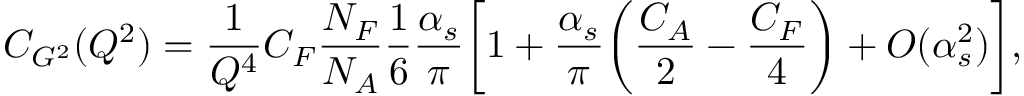
C _ { G ^ { 2 } } ( Q ^ { 2 } ) = \frac { 1 } { Q ^ { 4 } } C _ { F } \frac { N _ { F } } { N _ { A } } \frac { 1 } { 6 } \frac { \alpha _ { s } } { \pi } \biggl [ 1 + \frac { \alpha _ { s } } { \pi } \biggl ( \frac { C _ { A } } { 2 } - \frac { C _ { F } } { 4 } \biggr ) + O ( \alpha _ { s } ^ { 2 } ) \biggr ] ,